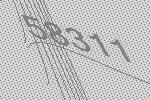
58311